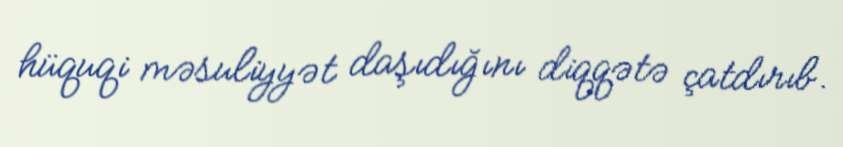
hüquqi məsuliyyət daşıdığını diqqətə çatdırıb.